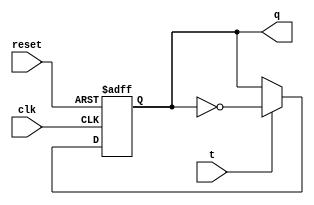
module tff(
input clk,
input reset,
input t,
output reg q
);

always@(posedge clk or posedge reset)
begin
    if(reset == 1'b1)
        q <= 1'b0;
    else
       if(t == 1'b1)
        q <= ~q;
       else
       q <= q;
end

endmodule